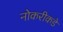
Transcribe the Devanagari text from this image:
नोकरीकडे